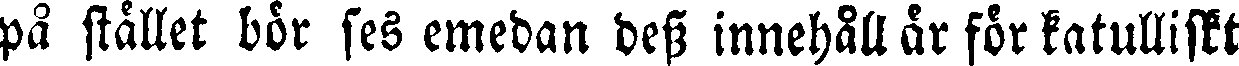
på stället bör ses emedan dess innehåll är för katulliskt